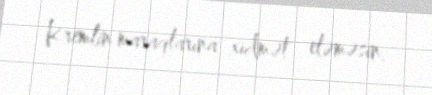
Kremlin maraqlarına xidmət eləməsin.